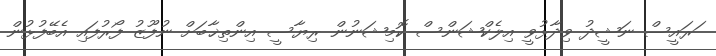
ަރައީސް ނަޝީދު ވިދާޅުވީ އިލެކްޝަންސް ކޮމިޝަނުން ރިޔާސީ އިންތިޚާބަށް ނުފޫޒު ފޯރުފައި އެބޭފުޅުން